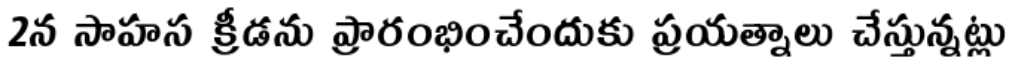
2న సాహస క్రీడను ప్రారంభించేందుకు ప్రయత్నాలు చేస్తున్నట్లు